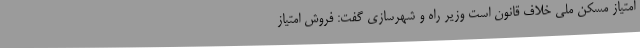
امتیاز مسکن ملی خلاف قانون است وزیر راه و شهرسازی گفت: فروش امتیاز